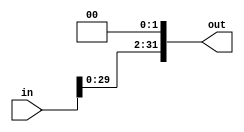
//-----------------------------------------------------------------------------
// Universidade Estadual de Feira de Santana
// TEC499 - MI - Sistemas Digitais
// Antares-R2 2016.1
//
// Module: shift_2.v
// Desc: Structure to Shift 2 a Binary(Multiply by 4) used on Jump or Branch Instructions
// Inputs:
// 	in: 32 bits Word sign extended of offset Value of the instruction
//  Outputs:
// 	out: The 32 bits Shift left by 2
//-----------------------------------------------------------------------------

`ifndef _shift_2
`define _shift_2

module shift_2(
      input [31:0] in,
      output [31:0] out
    );

    assign out = {in[29:0], 2'b0};
endmodule

`endif